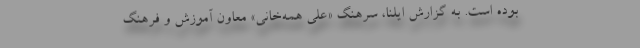
بوده است. به گزارش ایلنا، سرهنگ «علی همه‌خانی» معاون آموزش و فرهنگ